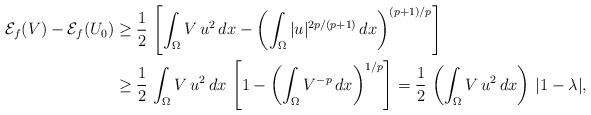
LaTeX: \begin{align*}\mathcal{E}_f(V)-\mathcal{E}_f(U_0)&\ge \frac{1}{2}\,\left[\int_\Omega V\,u^2\,dx-\left(\int_\Omega|u|^{2p/(p+1)}\,dx\right)^{(p+1)/p}\right]\\&\ge\frac{1}{2}\, \int_\Omega V\, u^2\, dx\,\left[1-\left(\int_\Omega V^{-p}\, dx\right)^{1/p}\right]=\frac{1}{2}\, \left(\int_\Omega V\, u^2\, dx\right)\, |1-\lambda|,\end{align*}